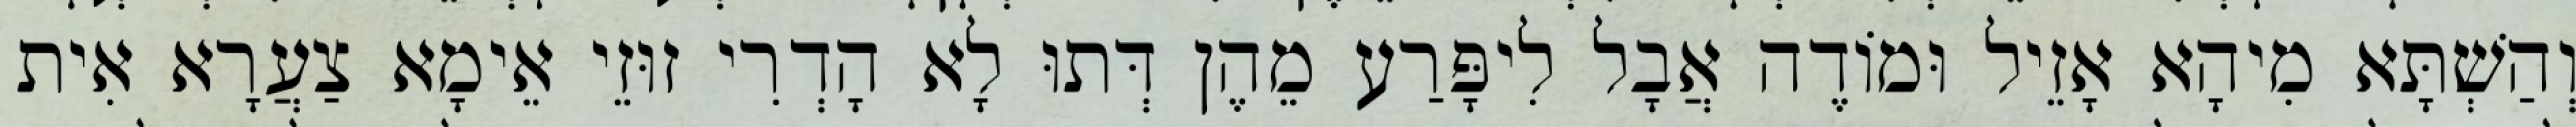
וְהַשְׁתָּא מִיהָא אָזֵיל וּמוֹדֶה אֲבָל לִיפָּרַע מֵהֶן דְּתוּ לָא הָדְרִי זוּזֵי אֵימָא צַעֲרָא אִית